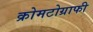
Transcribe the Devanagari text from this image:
क्रोमटोग्राफी